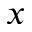
x